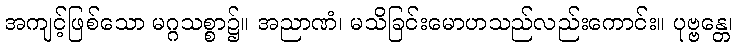
အကျင့်ဖြစ်သော မဂ္ဂသစ္စာ၌။ အညာဏံ၊ မသိခြင်းမောဟသည်လည်းကောင်း။ ပုဗ္ဗန္တေ၊